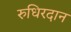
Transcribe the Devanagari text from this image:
रुधिरदान